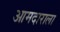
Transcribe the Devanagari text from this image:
आमदाराला